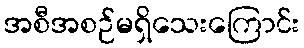
အစီအစဉ်မရှိသေးကြောင်း